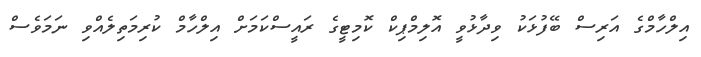
އިލްހާމްގެ އަރިސް ބޭފުޅަކު ވިދާޅުވީ އޮލިމްޕިކް ކޮމިޓީގެ ރައީސްކަމަށް އިލްހާމް ކުރިމަތިލެއްވި ނަމަވެސް